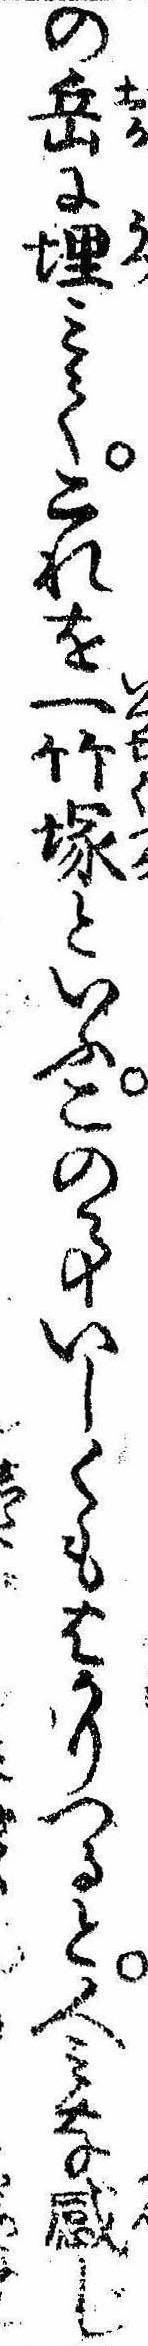
の岳に埋みてこれを一竹塚といふこの事いしくもはかりつると人みな感じ